画像に写った文字を読んでください
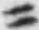
「ニ」と書いてあります